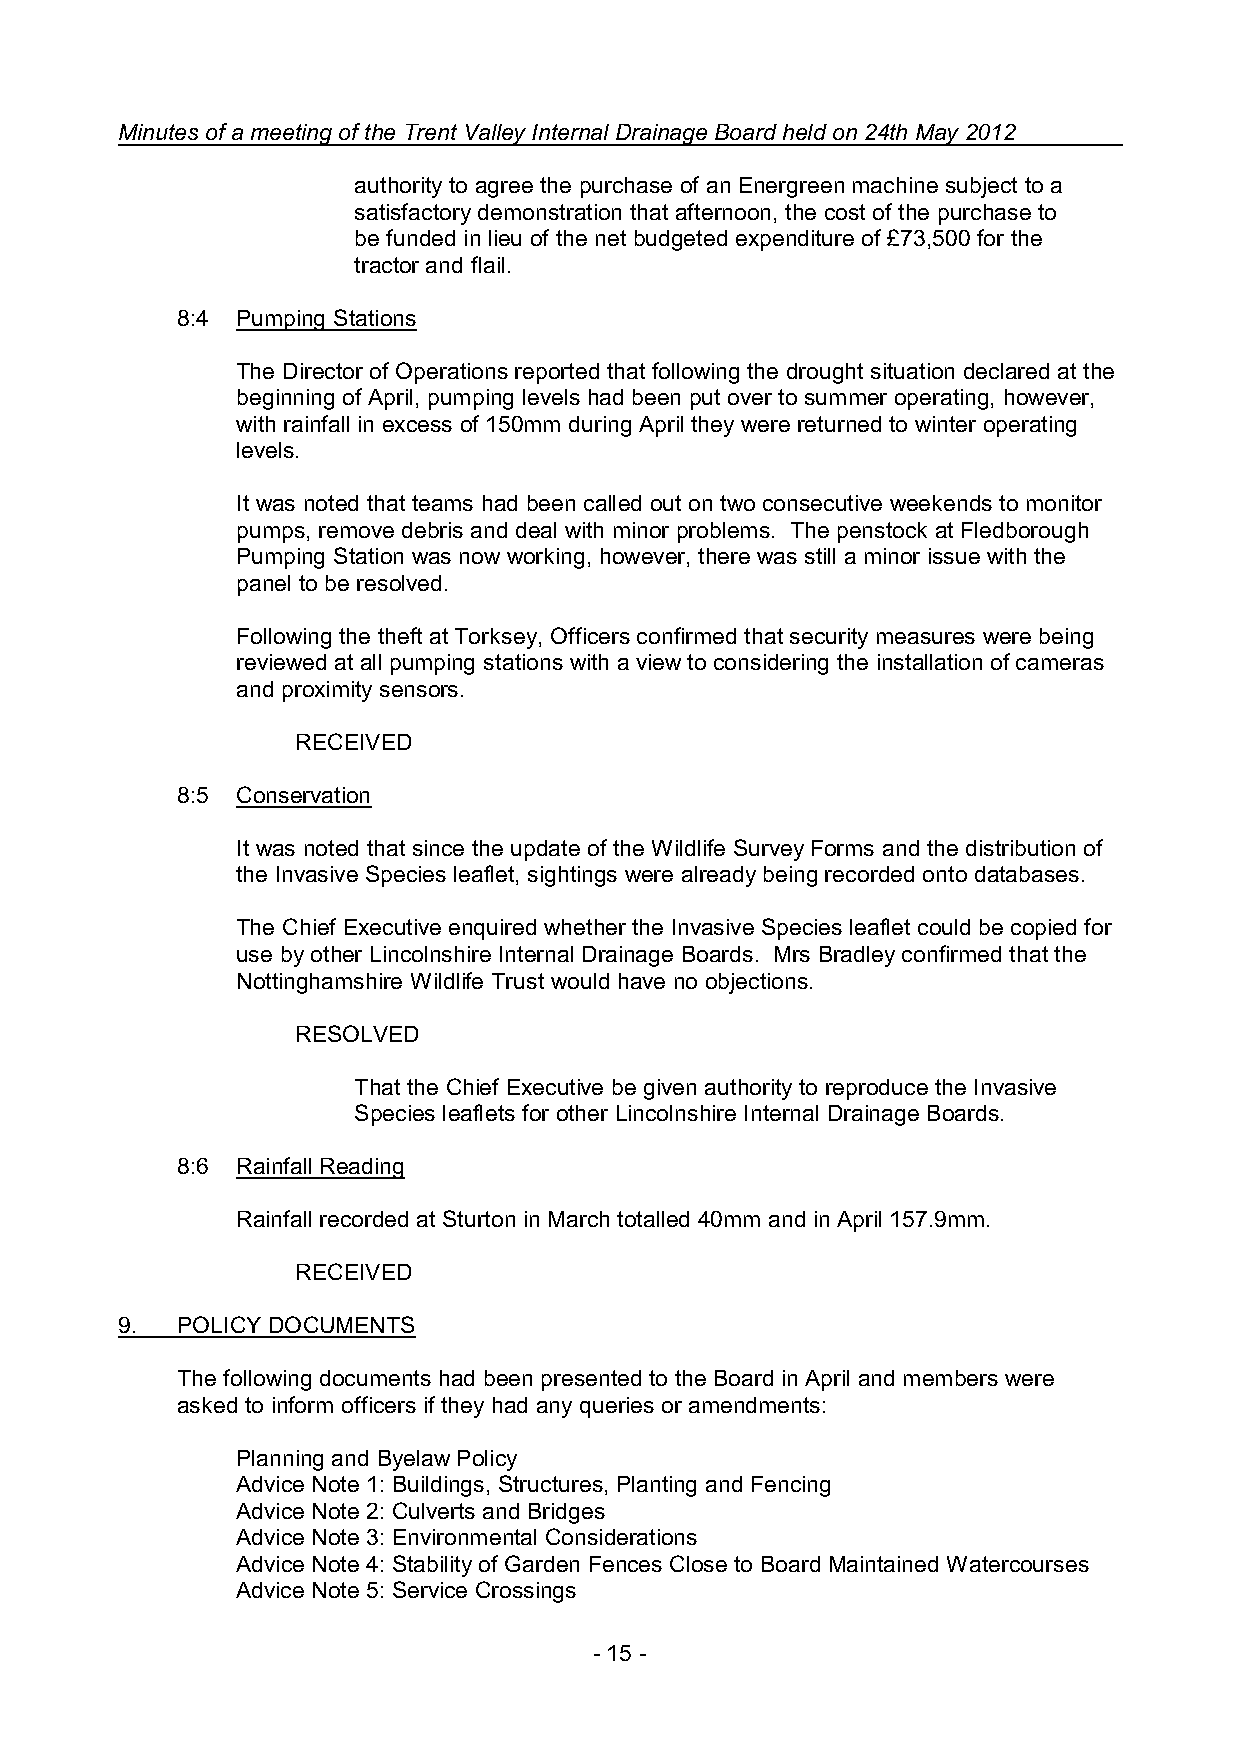
Minutes of a meeting of the Trent Valley Internal Drainage Board held on 24th May 2012
 authority to agree the purchase of an Energreen machine subject to a
 satisfactory demonstration that afternoon, the cost of the purchase to
 be funded in lieu of the net budgeted expenditure of £73,500 for the
 tractor and flail.
 8:4 Pumping Stations
 The Director of Operations reported that following the drought situation declared at the
 beginning of April, pumping levels had been put over to summer operating, however,
 with rainfall in excess of 150mm during April they were returned to winter operating
 levels.
 It was noted that teams had been called out on two consecutive weekends to monitor
 pumps, remove debris and deal with minor problems. The penstock at Fledborough
 Pumping Station was now working, however, there was still a minor issue with the
 panel to be resolved.
 Following the theft at Torksey, Officers confirmed that security measures were being
 reviewed at all pumping stations with a view to considering the installation of cameras
 and proximity sensors.
 RECEIVED
 8:5 Conservation
 It was noted that since the update of the Wildlife Survey Forms and the distribution of
 the Invasive Species leaflet, sightings were already being recorded onto databases.
 The Chief Executive enquired whether the Invasive Species leaflet could be copied for
 use by other Lincolnshire Internal Drainage Boards. Mrs Bradley confirmed that the
 Nottinghamshire Wildlife Trust would have no objections.
 RESOLVED
 That the Chief Executive be given authority to reproduce the Invasive
 Species leaflets for other Lincolnshire Internal Drainage Boards.
 8:6 Rainfall Reading
 Rainfall recorded at Sturton in March totalled 40mm and in April 157.9mm.
 RECEIVED
 9.  POLICY DOCUMENTS
 The following documents had been presented to the Board in April and members were
 asked to inform officers if they had any queries or amendments:
 Planning and Byelaw Policy
 Advice Note 1: Buildings, Structures, Planting and Fencing
 Advice Note 2: Culverts and Bridges
 Advice Note 3: Environmental Considerations
 Advice Note 4: Stability of Garden Fences Close to Board Maintained Watercourses
 Advice Note 5: Service Crossings
 - 15 -